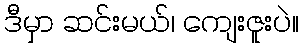
ဒီမှာ ဆင်းမယ်၊ ကျေးဇူးပဲ။